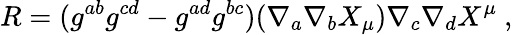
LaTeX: R=(g^{ab}g^{cd}-g^{ad}g^{bc})(\nabla_{a}\nabla_{b}X_{\mu})\nabla_{c}\nabla_{d}X^{\mu}\ ,